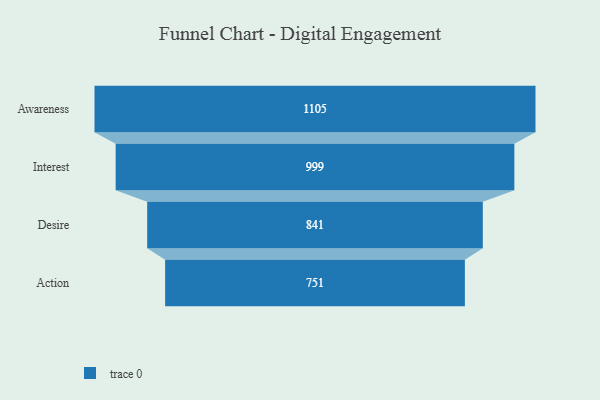
{"axis": {"x": "Stage", "y": "Value"}, "legend": [""], "data": [{"x": "Awareness", "y": 1105.0, "type": ""}, {"x": "Interest", "y": 999.0, "type": ""}, {"x": "Desire", "y": 841.0, "type": ""}, {"x": "Action", "y": 751.0, "type": ""}]}